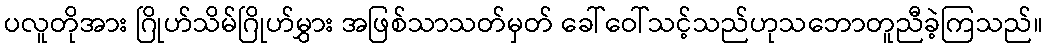
ပလူတိုအား ဂြိုဟ်သိမ်ဂြိုဟ်မွှား အဖြစ်သာသတ်မှတ် ခေါ်ဝေါ်သင့်သည်ဟုသဘောတူညီခဲ့ကြသည်။